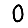
Digit: 0